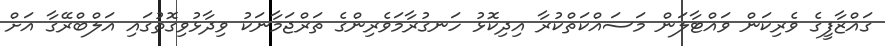
ގައްޒާފީގެ ވެރިކަން ވައްޓާލަން މަސައްކަތްކުރާ އިދިކޮޅު ހަނގުރާމަވެރިންގެ ތަރްޖަމާނަކު ވިދާޅުވިގޮތުގައި އަލްބްރޭގާ އަށް